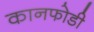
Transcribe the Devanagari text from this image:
कानफोडी